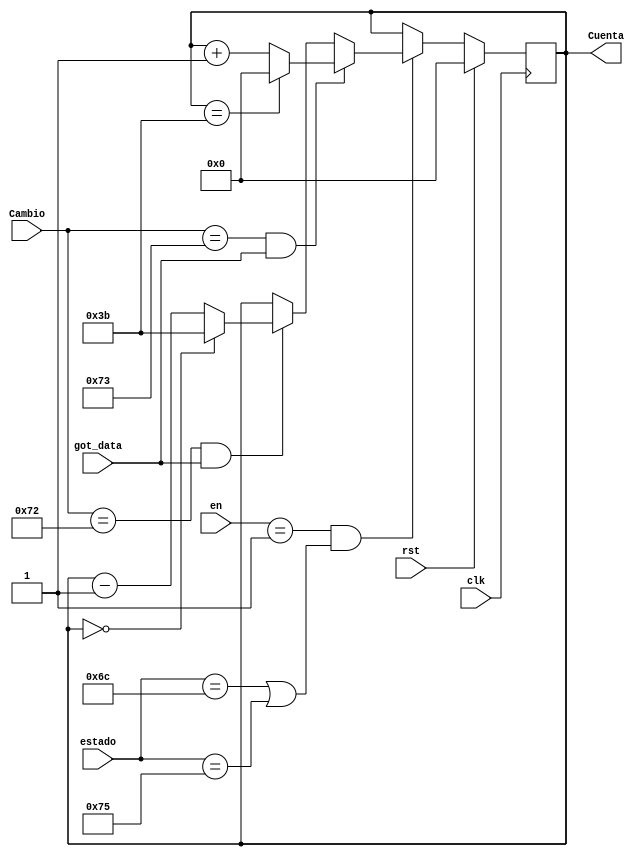
module Contador_AD_Minutos(
    input rst,
	 input [7:0]estado,
	 input [1:0] en,
    input [7:0] Cambio,
	 input got_data,
    input clk,
    output reg [(N-1):0] Cuenta
    );
	 parameter N = 6;
	 parameter X = 59;
    always @(posedge clk)
	 if (rst)
	    Cuenta <= 0;
    else	if (en == 2'd1 && (estado == 8'h6C || estado == 8'h75))
         begin
	         if (Cambio == 8'h73 && got_data)
				begin
				   if (Cuenta == X)
				      Cuenta <= 0;
					else 
				      Cuenta <= Cuenta + 1'd1;
				end
				else if (Cambio == 8'h72 && got_data)
					  begin
				        if (Cuenta == 0)
						     Cuenta <= X;
					     else 
						     Cuenta <= Cuenta - 1'd1;
				     end
					  else 
					     Cuenta <= Cuenta;
	      end
	      else 
			   Cuenta <= Cuenta;
endmodule